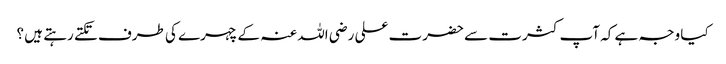
کیا وجہ ہے کہ آپ کثرت سے حضرت علی رضی اللہ عنہ کے چہرے کی طرف تکتے رہتے ہیں ؟